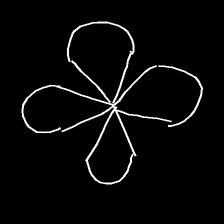
Glyph: billowing